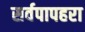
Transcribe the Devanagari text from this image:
सर्वपापहरा